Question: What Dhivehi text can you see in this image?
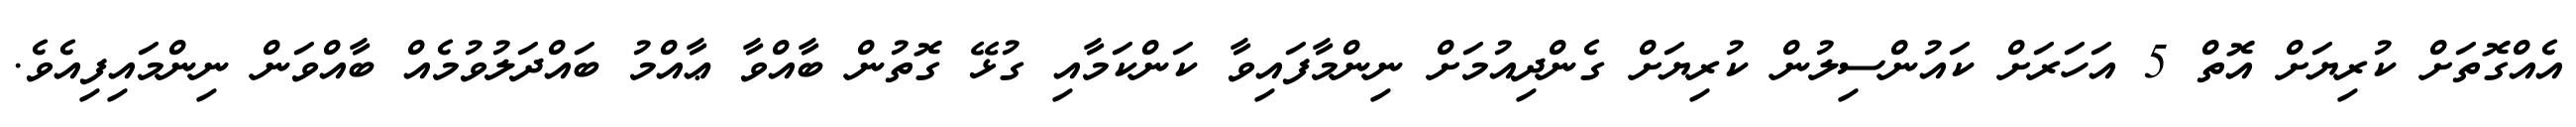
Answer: އެއްގޮތަށް ކުރިޔަށް އޮތް 5 އަހަރަށް ކައުންސިލުން ކުރިޔަށް ގެންދިއުމަށް ނިންމާފައިވާ ކަންކަމާއި ގުޅޭ ގޮތުން ބާއްވާ ޢާއްމު ބައްދަލުވުމެއް ބާއްވަން ނިންމައިފިއެވެ.